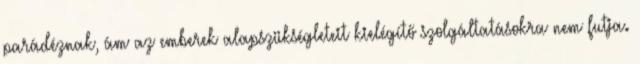
parádéznak, ám az emberek alapszükségleteit kielégítő szolgáltatásokra nem futja.